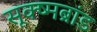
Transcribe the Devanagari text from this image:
सूक्ष्मब्रांड